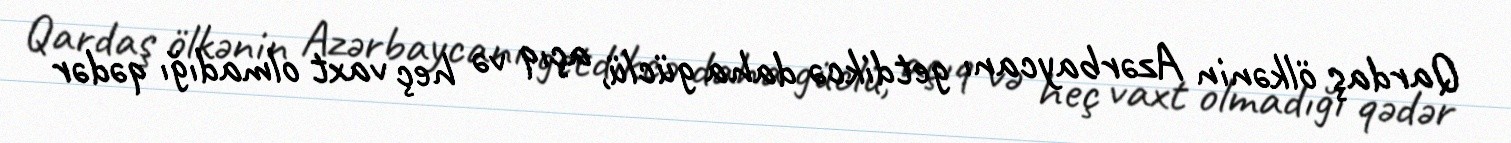
Qardaş ölkənin Azərbaycanı getdikcə daha güclü, açıq və heç vaxt olmadığı qədər